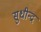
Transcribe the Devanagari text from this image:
सुधीन्द्र